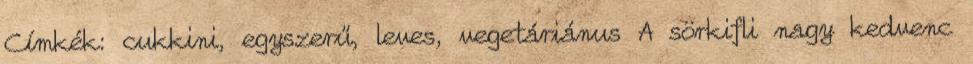
Címkék: cukkini, egyszerű, leves, vegetáriánus A sörkifli nagy kedvenc